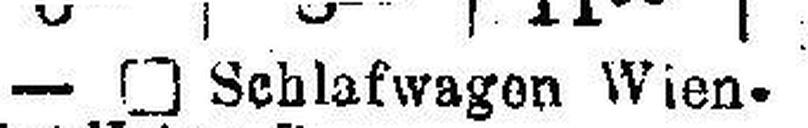
—□ Schlafwagen Wien.